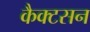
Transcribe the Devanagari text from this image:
कैक्टसन